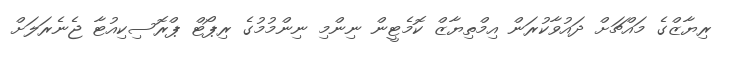
ރިޔާޒްގެ މައްޗަށް ދައުވާކުރަން އިމްތިޔާޒް ކޮމެޓީން ނިންމި ނިންމުމުގެ ރިޕޯޓް ޕްރޮސިކިއުޓާ ޖެނެރަލަށް